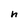
Character: h